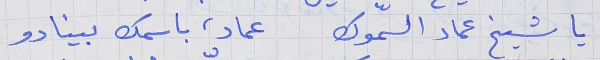
يا شيخ عماد السمّوك     عماد، باسمك بينادو